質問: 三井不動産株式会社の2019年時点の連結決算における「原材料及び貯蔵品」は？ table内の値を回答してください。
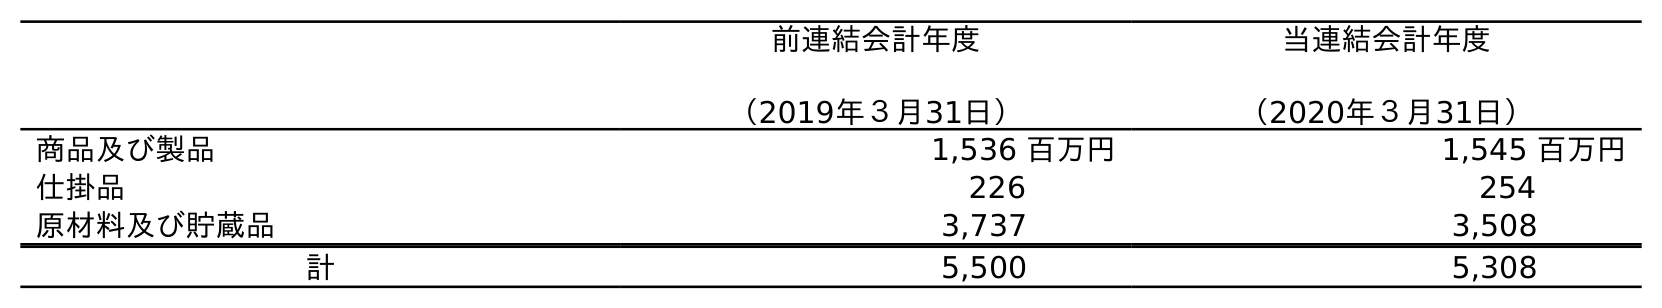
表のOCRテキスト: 前連結会計年度 （2019年３月31日） 当連結会計年度 （2020年３月31日） 商品及び製品 1,536 百万円 1,545 百万円 仕掛品 226 254 原材料及び貯蔵品 3,737 3,508 計 5,500 5,308
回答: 3,737